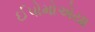
ઈપોમોએયા